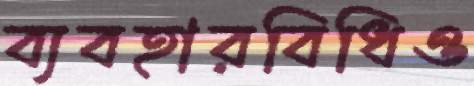
ব্যবহারবিধিও